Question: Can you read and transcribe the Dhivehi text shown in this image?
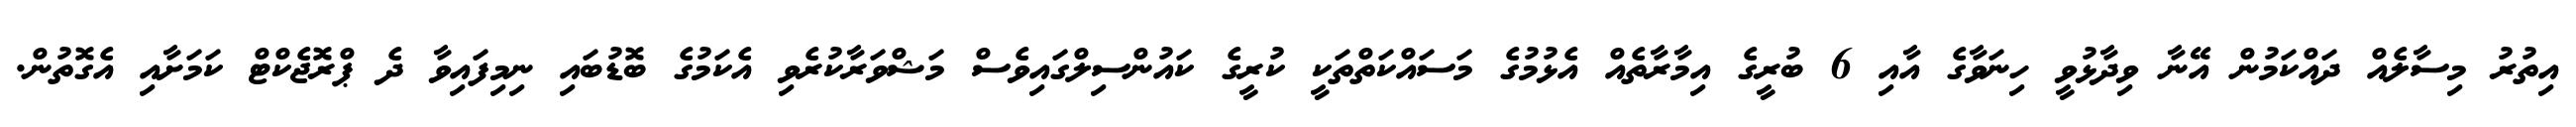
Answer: އިތުރު މިސާލެއް ދައްކަމުން އޭނާ ވިދާޅުވީ ހިނަވާގެ އާއި 6 ބުރީގެ އިމާރާތެއް އެޅުމުގެ މަސައްކަތްތަކީ ކުރީގެ ކައުންސިލްގައިވެސް މަޝްވަރާކުރެވި އެކަމުގެ ބޮޑުބައި ނިމިފައިވާ ދެ ޕްރޮޖެކްޓް ކަމަށާއި އެގޮތުން.